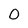
Character: 0